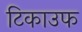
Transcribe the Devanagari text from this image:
टिकाउफ